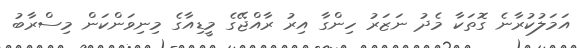
އަމަލުކުރާނެ ގޮތަކާ މެދު ނަޒަރު ހިންގާ އިރު ރާއްޖޭގެ މީޑިއާގެ މިނިވަންކަން މިސްރާބު